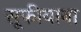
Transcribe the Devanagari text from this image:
सूफीयाना